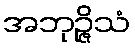
အဘုဉ္ဇိသံ